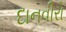
દાનવીરો